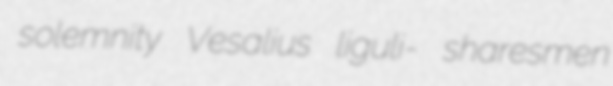
solemnity Vesalius liguli- sharesmen